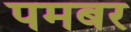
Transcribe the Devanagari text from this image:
पमबर